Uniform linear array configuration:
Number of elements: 24
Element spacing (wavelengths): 0.75
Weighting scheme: exponential
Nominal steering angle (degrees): -45
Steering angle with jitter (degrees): -45.413
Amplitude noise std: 0.05
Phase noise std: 0.05

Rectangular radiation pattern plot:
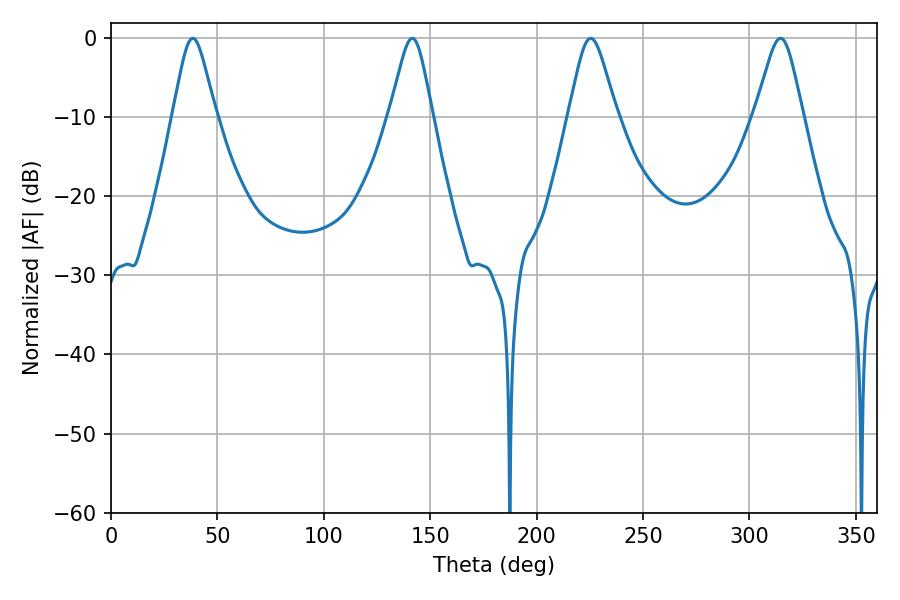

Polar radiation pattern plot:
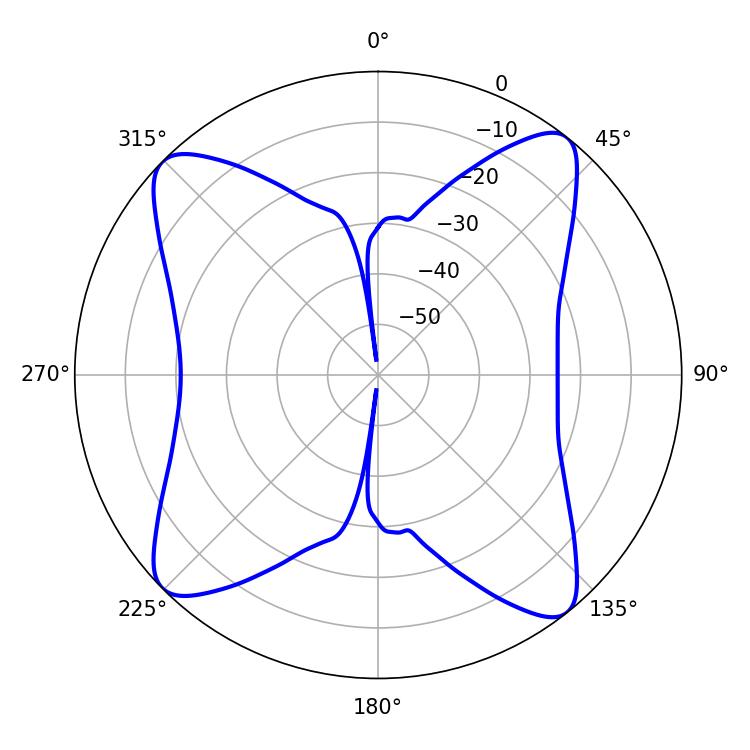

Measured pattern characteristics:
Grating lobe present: TRUE
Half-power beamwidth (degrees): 10.98
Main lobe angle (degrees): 225.36